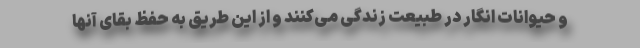
و حیوانات انگار در طبیعت زندگی می‌کنند و از این طریق به حفظ بقای آنها